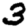
Digit: 3